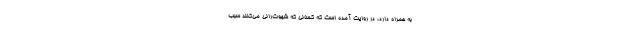
به همراه دارد، در روایت آمده است که کسانی که شهوت‌رانی می‌کنند سبب